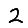
Digit: 2